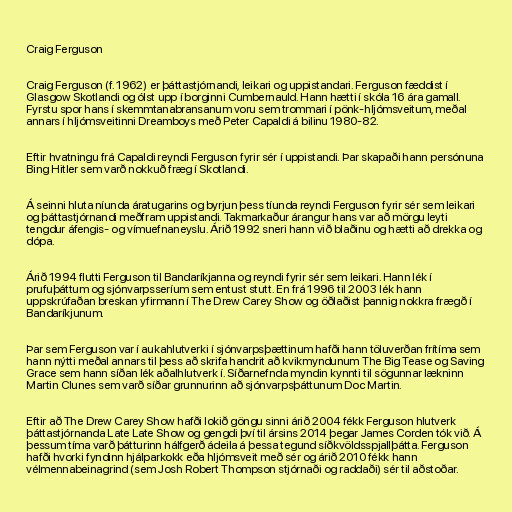
Craig Ferguson

Craig Ferguson (f. 1962) er þáttastjórnandi, leikari og uppistandari. Ferguson fæddist í
Glasgow Skotlandi og ólst upp í borginni Cumbernauld. Hann hætti í skóla 16 ára gamall.
Fyrstu spor hans í skemmtanabransanum voru sem trommari í pönk-hljómsveitum, meðal
annars í hljómsveitinni Dreamboys með Peter Capaldi á bilinu 1980-82.

Eftir hvatningu frá Capaldi reyndi Ferguson fyrir sér í uppistandi. Þar skapaði hann persónuna
Bing Hitler sem varð nokkuð fræg í Skotlandi.

Á seinni hluta níunda áratugarins og byrjun þess tíunda reyndi Ferguson fyrir sér sem leikari
og þáttastjórnandi meðfram uppistandi. Takmarkaður árangur hans var að mörgu leyti
tengdur áfengis- og vímuefnaneyslu. Árið 1992 sneri hann við blaðinu og hætti að drekka og
dópa.

Árið 1994 flutti Ferguson til Bandaríkjanna og reyndi fyrir sér sem leikari. Hann lék í
prufuþáttum og sjónvarpsseríum sem entust stutt. En frá 1996 til 2003 lék hann
uppskrúfaðan breskan yfirmann í The Drew Carey Show og öðlaðist þannig nokkra frægð í
Bandaríkjunum.

Þar sem Ferguson var í aukahlutverki í sjónvarpsþættinum hafði hann töluverðan frítíma sem
hann nýtti meðal annars til þess að skrifa handrit að kvikmyndunum The Big Tease og Saving
Grace sem hann síðan lék aðalhlutverk í. Síðarnefnda myndin kynnti til sögunnar lækninn
Martin Clunes sem varð síðar grunnurinn að sjónvarpsþáttunum Doc Martin.

Eftir að The Drew Carey Show hafði lokið göngu sinni árið 2004 fékk Ferguson hlutverk
þáttastjórnanda Late Late Show og gengdi því til ársins 2014 þegar James Corden tók við. Á
þessum tíma varð þátturinn hálfgerð ádeila á þessa tegund síðkvöldsspjallþátta. Ferguson
hafði hvorki fyndinn hjálparkokk eða hljómsveit með sér og árið 2010 fékk hann
vélmennabeinagrind (sem Josh Robert Thompson stjórnaði og raddaði) sér til aðstoðar.